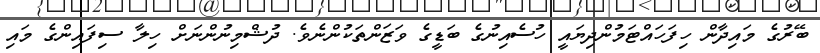
ބޭރުގެ މައިދާން ހިފަހައްޓަމުންދިޔައީ ހުސެއިނުގެ ބަޑީގެ ވަޒަންތަކުންނެވެ. ދުޝްމިނުންނަށް ހިލާ ސިފައިންގެ މައި